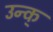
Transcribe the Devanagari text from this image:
उन्क्